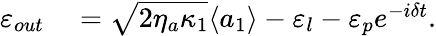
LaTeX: \begin{array}{rl}{\varepsilon_{out}}&{{}=\sqrt{2\eta_{a}\kappa_{1}}\langle a_{1}\rangle-\varepsilon_{l}-\varepsilon_{p}e^{-i\delta t}.}\end{array}